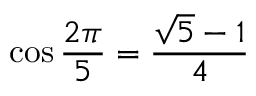
\cos { \frac { 2 \pi } { 5 } } = { \frac { { \sqrt { 5 } } - 1 } { 4 } }